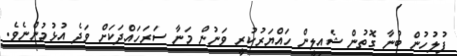
ފުލުހުން ބުނާ ގޮތުން ޝެއިލީން ހައްޔަރުކުރީ ވަނުން މަނާ ސަރަހައްދަކަށް ވަދެ އުޅުމުންނެވެ.